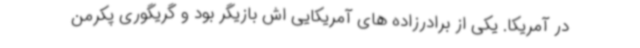
در آمریکا. یکی از برادرزاده های آمریکایی اش بازیگر بود و گریگوری پکرمن